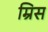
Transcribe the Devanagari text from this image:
म्रिस